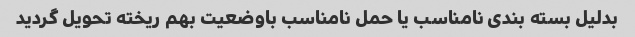
بدلیل بسته بندی نامناسب یا حمل نامناسب باوضعیت بهم ریخته تحویل گردید